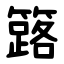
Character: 簬